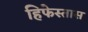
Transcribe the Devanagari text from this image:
हिफेस्तास